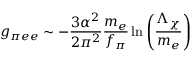
g _ { \pi e e } \sim - \frac { 3 { \alpha } ^ { 2 } } { 2 { \pi } ^ { 2 } } \frac { m _ { e } } { f _ { \pi } } \ln \left( \frac { \Lambda _ { \chi } } { m _ { e } } \right)